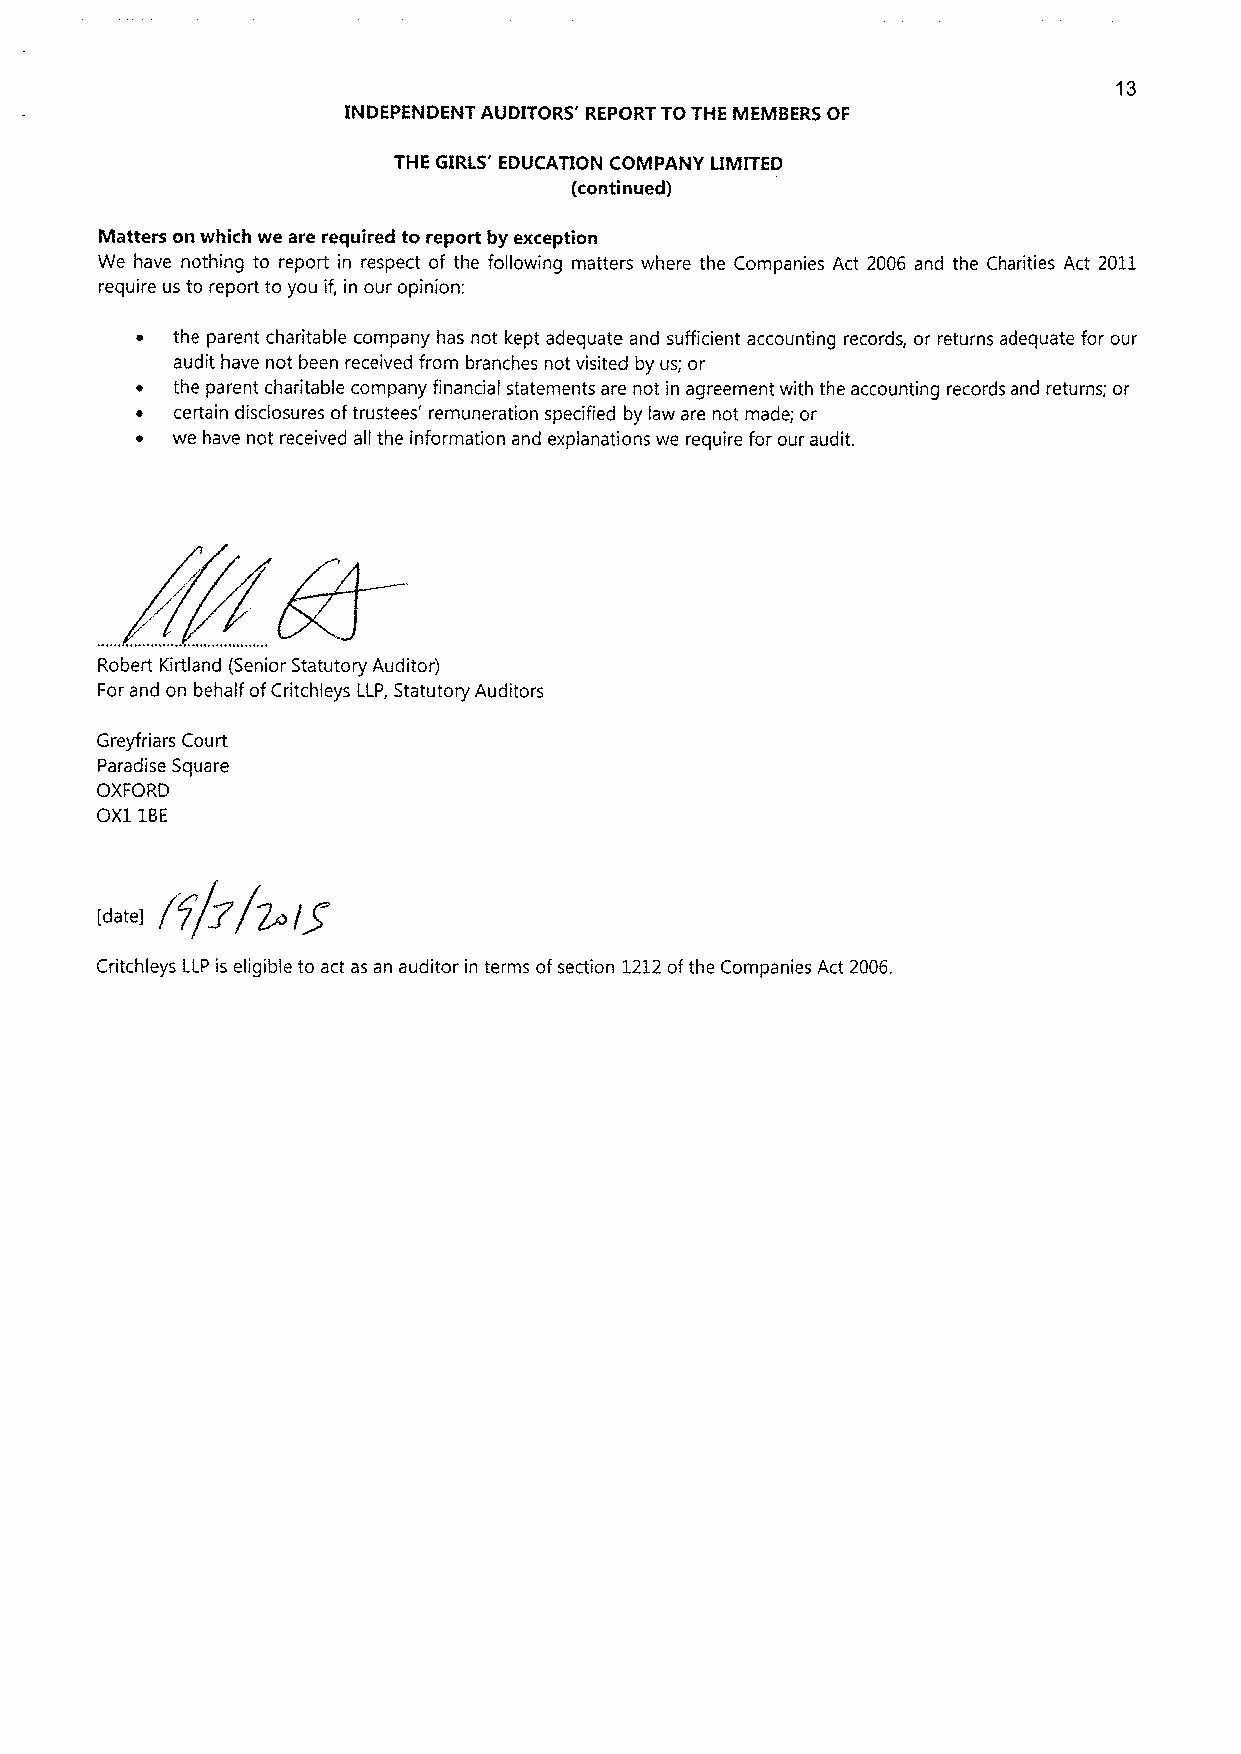
13
 INDEPENDENT AUDITORS' REPORT TOTHE MEMBERS OF
 THE GIRLS' EDUCATION COMPANY LIMITED
 (continued)
 Matters on which we are required to report by exception
 We have nothing to report in respect of the following matters where the Companies Act 2006 and the Charities Act 2011
 require us to report to you if, in our opinion:
 o the parent charitable company has not kept adequate and sufficient accounting records, or returns adequate for our
 audit have not been received from branches not visited by us; or
 the parent charitable company financial statements are not in agreement with the accounting records and returns; or
 certain disclosures oftrustees' remuneration specified by law are not made; or
 ~ we have not received all the information and explanations we require for our audit.
 Robert Kirtland (Senior Statutory Auditor)
 For and on behalf ofCritchleys LLP, Statutory Auditors
 Greyfriars Court
 Paradise Square
 OXFORD
 OX11BE
 "
 rr/~/~is
 Critchleys LLP is eligible to act as an auditor in terms ofsection 1212ofthe Companies Act 2006.